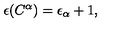
\epsilon ( C ^ { \alpha } ) = \epsilon _ { \alpha } + 1 ,